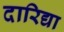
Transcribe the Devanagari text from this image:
दारिद्या